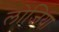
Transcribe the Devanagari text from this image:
लोजिया